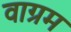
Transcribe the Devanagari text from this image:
वाग्रम